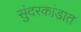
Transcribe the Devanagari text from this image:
सुंदरकांडात